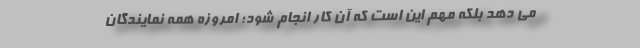
می دهد بلکه مهم این است که آن کار انجام شود؛ امروزه همه نمایندگان